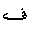
Letter: _fa